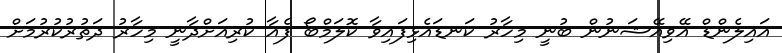
އައިލެންޑް އޭވިއޭޝަނުން ބުނީ މިހާރު ކަނޑައެޅިފައިވާ ކޮލަމްބޯ ފެއާ ކުރިއަށްދާނީ މިހާރު ދަތުރުކުރުމަށް